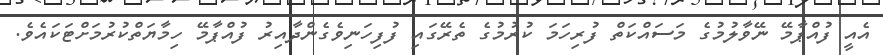
އެއީ ފުއްޕާމޭ ނޭވާލުމުގެ މަސައްކަތް ފުރިހަމަ ކުރުމުގެ ތެރޭގައި ފުފިހަނިވެގެންދާއިރު ފުއްޕާމޭ ހިމާޔަތްކުރުމަށްޓަކައެވެ.